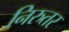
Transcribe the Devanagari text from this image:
निरुतर